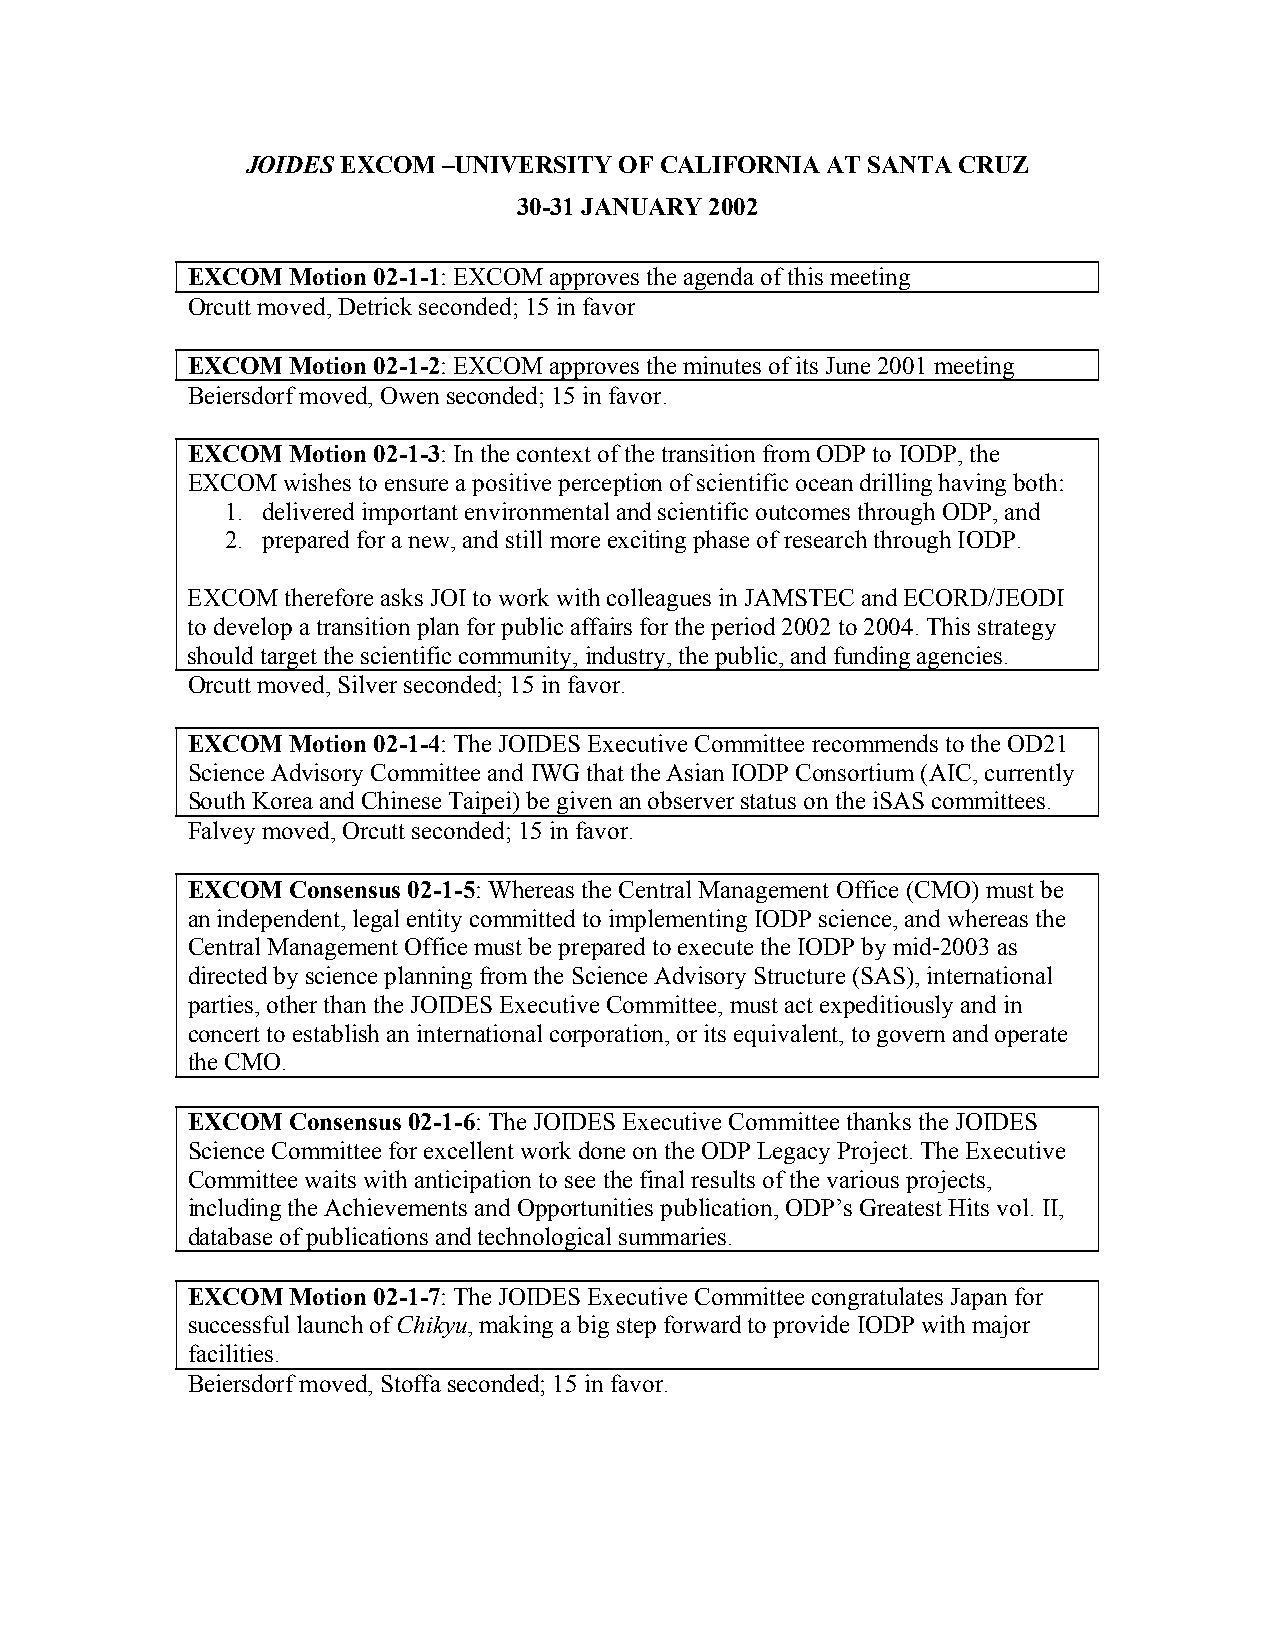
JOIDES EXCOM –UNIVERSITY OF CALIFORNIA AT SANTA CRUZ
 30-31 JANUARY 2002
 EXCOM  Motion 02-1-1: EXCOM approves the agenda of this meeting
 Orcutt moved, Detrick seconded; 15 in favor
 EXCOM  Motion 02-1-2: EXCOM approves the minutes of its June 2001 meeting
 Beiersdorf moved, Owen seconded; 15 in favor.
 EXCOM  Motion 02-1-3: In the context of the transition from ODP to IODP, the
 EXCOM  wishes to ensure a positive perception of scientific ocean drilling having both:
 1. delivered important environmental and scientific outcomes through ODP, and
 2. prepared for a new, and still more exciting phase of research through IODP.
 EXCOM  therefore asks JOI to work with colleagues in JAMSTEC and ECORD/JEODI
 to develop a transition plan for public affairs for the period 2002 to 2004. This strategy
 should target the scientific community, industry, the public, and funding agencies.
 Orcutt moved, Silver seconded; 15 in favor.
 EXCOM  Motion 02-1-4: The JOIDES Executive Committee recommends to the OD21
 Science Advisory Committee and IWG that the Asian IODP Consortium (AIC, currently
 South Korea and Chinese Taipei) be given an observer status on the iSAS committees.
 Falvey moved, Orcutt seconded; 15 in favor.
 EXCOM  Consensus 02-1-5: Whereas the Central Management Office (CMO) must be
 an independent, legal entity committed to implementing IODP science, and whereas the
 Central Management Office must be prepared to execute the IODP by mid-2003 as
 directed by science planning from the Science Advisory Structure (SAS), international
 parties, other than the JOIDES Executive Committee, must act expeditiously and in
 concert to establish an international corporation, or its equivalent, to govern and operate
 the CMO.
 EXCOM  Consensus 02-1-6: The JOIDES Executive Committee thanks the JOIDES
 Science Committee for excellent work done on the ODP Legacy Project. The Executive
 Committee waits with anticipation to see the final results of the various projects,
 including the Achievements and Opportunities publication, ODP’s Greatest Hits vol. II,
 database of publications and technological summaries.
 EXCOM  Motion 02-1-7: The JOIDES Executive Committee congratulates Japan for
 successful launch of Chikyu, making a big step forward to provide IODP with major
 facilities.
 Beiersdorf moved, Stoffa seconded; 15 in favor.